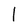
Character: I